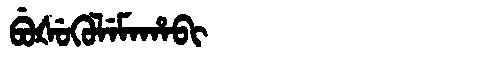
Manchu: ᠪᡠᡧᡠᡴᡠᠯᡝᠮᠠᡥᠠᠪᡳ
Romanization: BUŠUKULEMAHABI